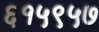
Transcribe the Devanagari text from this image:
६१५९५७